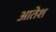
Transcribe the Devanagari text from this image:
आतेश